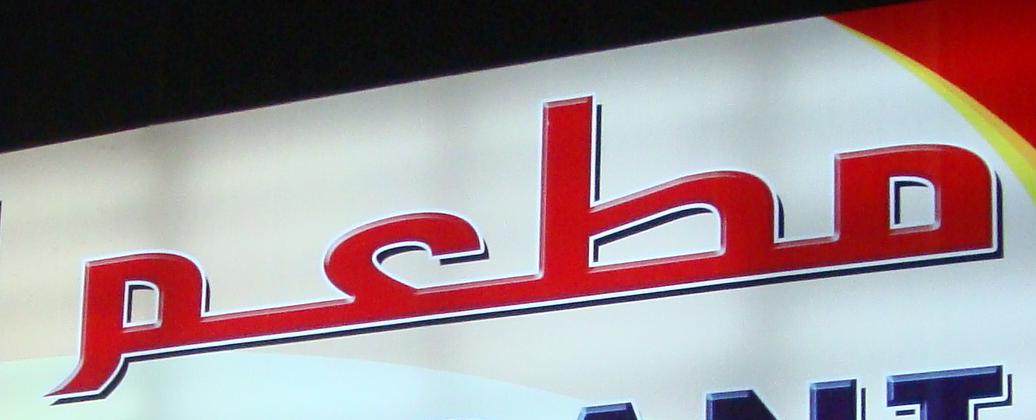
مطعم